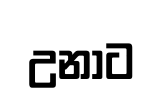
උනාට